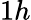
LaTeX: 1h